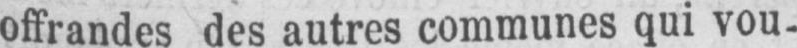
offrandes des autres communes qui vou-